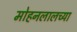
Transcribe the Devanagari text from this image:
मोहनलालच्या